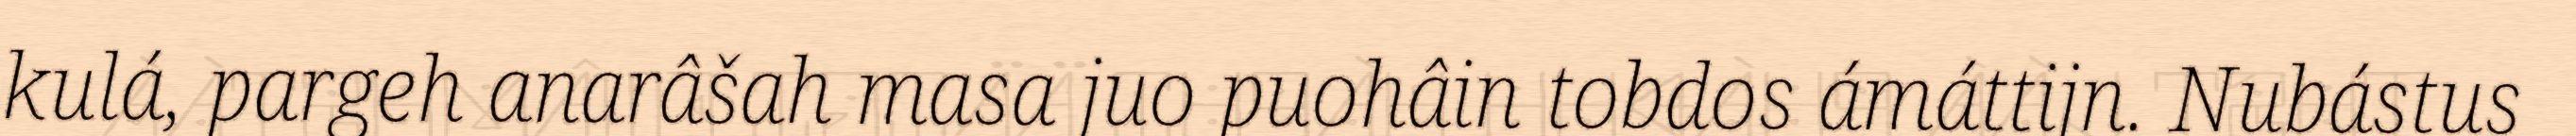
kulá, pargeh anarâšah masa juo puohâin tobdos ámáttijn. Nubástus